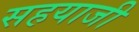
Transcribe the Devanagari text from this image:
सहयाजी